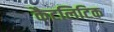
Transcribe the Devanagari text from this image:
कैटलिटिक